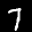
Label: 7